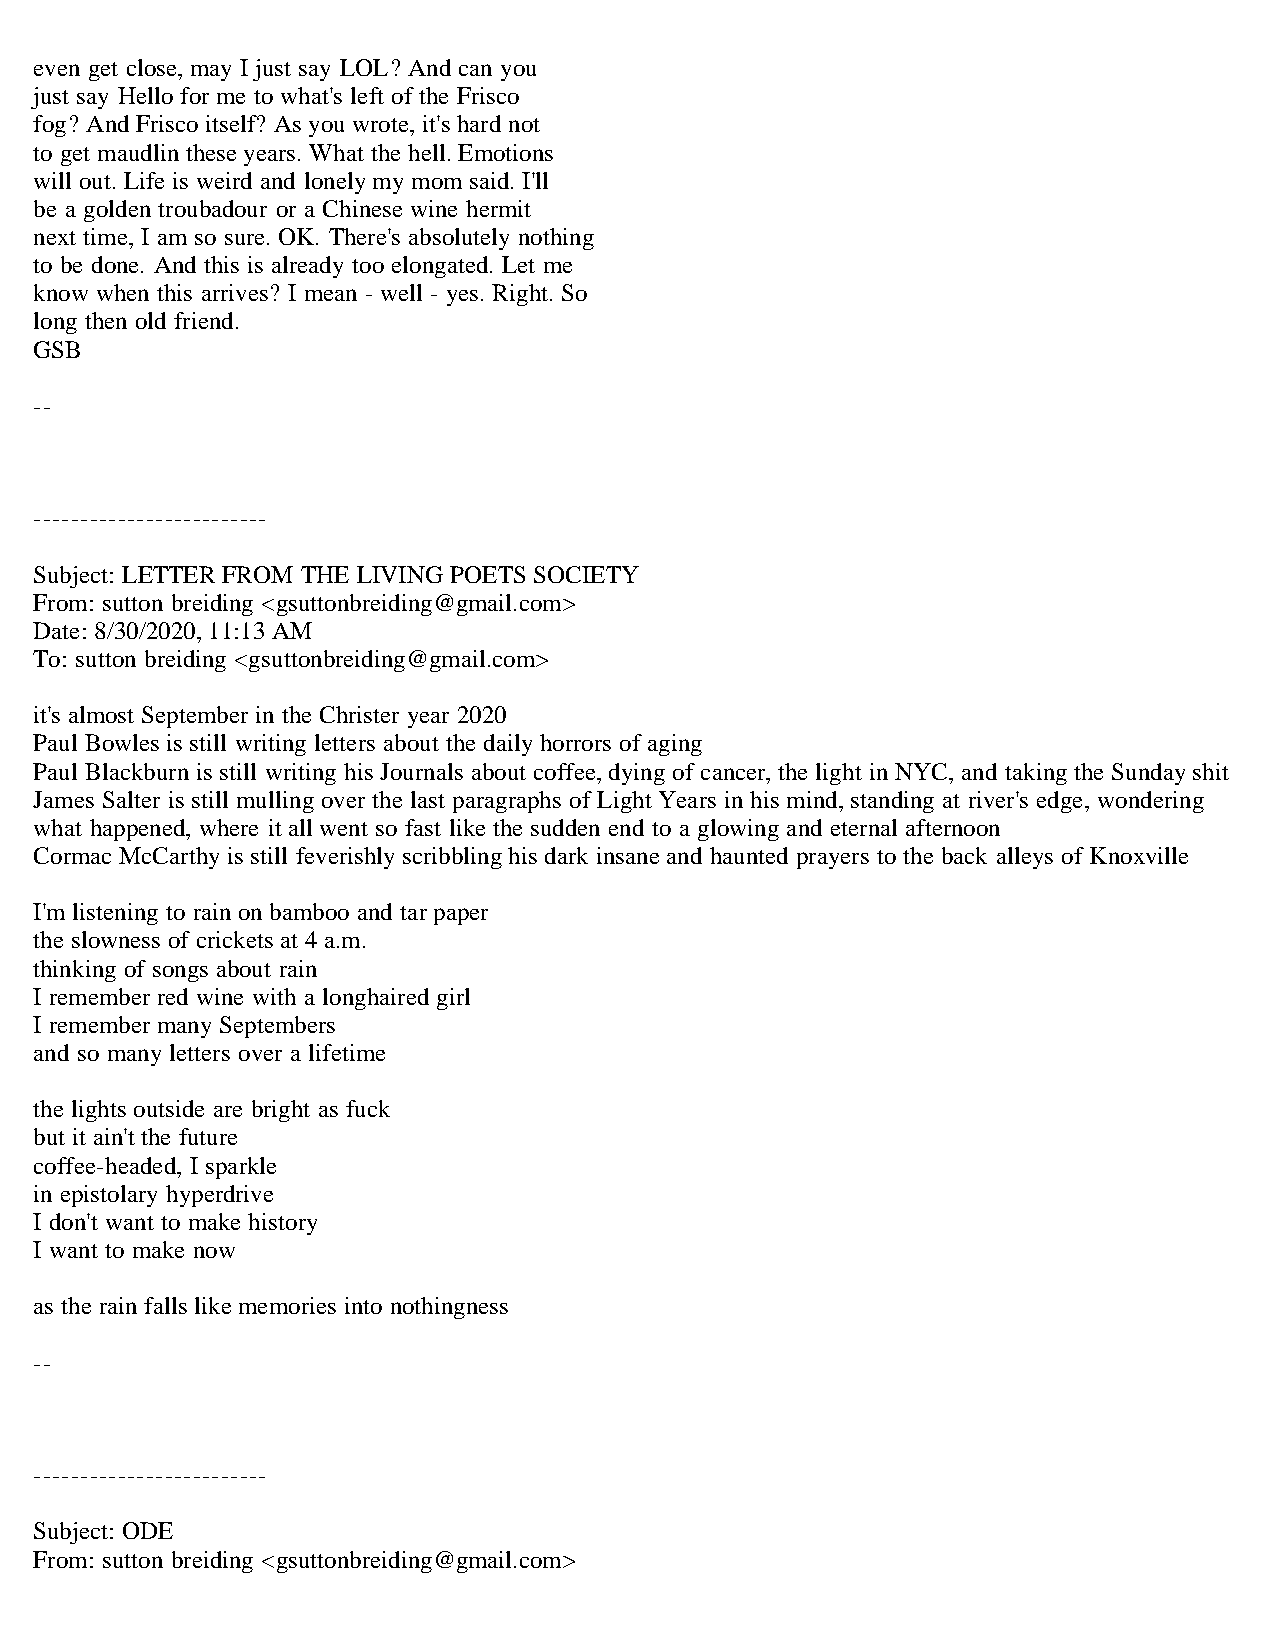
even get close, may I just say LOL? And can you
 just say Hello for me to what's left of the Frisco
 fog? And Frisco itself? As you wrote, it's hard not
 to get maudlin these years. What the hell. Emotions
 will out. Life is weird and lonely my mom said. I'll
 be a golden troubadour or a Chinese wine hermit
 next time, I am so sure. OK. There's absolutely nothing
 to be done. And this is already too elongated. Let me
 know when this arrives? I mean - well - yes. Right. So
 long then old friend.
 GSB
 --
 -------------------------
 Subject: LETTER FROM THE LIVING POETS SOCIETY
 From: sutton breiding <gsuttonbreiding@gmail.com>
 Date: 8/30/2020, 11:13 AM
 To: sutton breiding <gsuttonbreiding@gmail.com>
 it's almost September in the Christer year 2020
 Paul Bowles is still writing letters about the daily horrors of aging
 Paul Blackburn is still writing his Journals about coffee, dying of cancer, the light in NYC, and taking the Sunday shit
 James Salter is still mulling over the last paragraphs of Light Years in his mind, standing at river's edge, wondering
 what happened, where it all went so fast like the sudden end to a glowing and eternal afternoon
 Cormac McCarthy is still feverishly scribbling his dark insane and haunted prayers to the back alleys of Knoxville
 I'm listening to rain on bamboo and tar paper
 the slowness of crickets at 4 a.m.
 thinking of songs about rain
 I remember red wine with a longhaired girl
 I remember many Septembers
 and so many letters over a lifetime
 the lights outside are bright as fuck
 but it ain't the future
 coffee-headed, I sparkle
 in epistolary hyperdrive
 I don't want to make history
 I want to make now
 as the rain falls like memories into nothingness
 --
 -------------------------
 Subject: ODE
 From: sutton breiding <gsuttonbreiding@gmail.com>